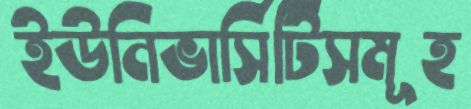
ইউনিভার্সিটিসমূহ